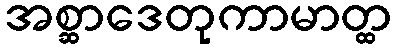
အစ္ဆာဒေတုကာမာတ္ထ